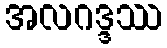
အလဂဒ္ဒဿ